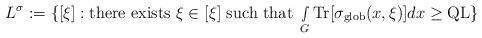
LaTeX: \begin{align*} L^{\sigma}:=\{[\xi]: \textnormal{there exists } \xi\in [\xi] \textnormal{ such that }\smallint\limits_{G}\textnormal{Tr}[\sigma_{\textnormal{glob}}(x,\xi)]dx\geq \textnormal{QL}\}\end{align*}